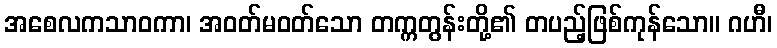
အစေလကသာဝကာ၊ အဝတ်မဝတ်သော တက္ကတွန်းတို့၏ တပည့်ဖြစ်ကုန်သော။ ဂဟီ၊